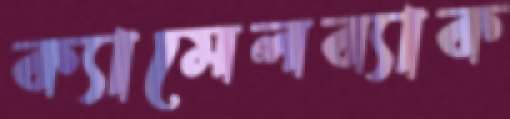
ক্যামেলব্যাক